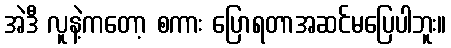
အဲဒီ လူနဲ့ကတော့ စကား ပြောရတာအဆင်မပြေပါဘူး။